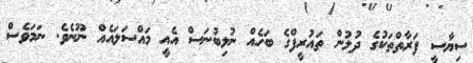
ސިޔާސީ ފަރާތްތަކުގެ ދުލުން ތައުރީފްގެ ބަހެއް ނުލިބުނަސް އެއީ މައްސަލައެއް ނޫނެވެ. ނަމަވެސް